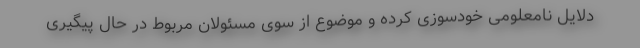
دلایل نامعلومی خودسوزی کرده و موضوع از سوی مسئولان مربوط در حال پیگیری